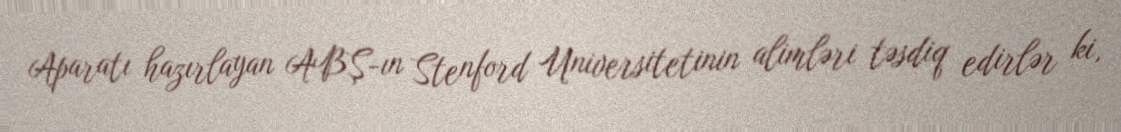
Aparatı hazırlayan ABŞ-ın Stenford Universitetinin alimləri təsdiq edirlər ki,